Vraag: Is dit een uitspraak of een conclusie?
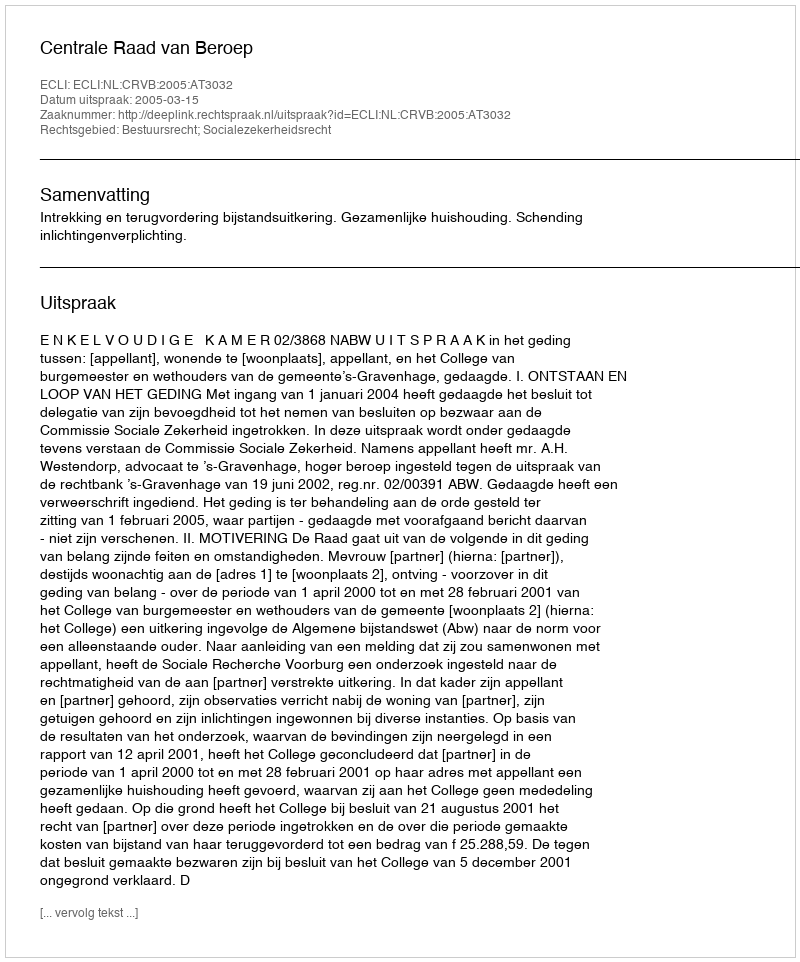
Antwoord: Uitspraak